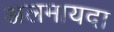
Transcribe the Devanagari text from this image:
अलमायदा